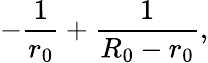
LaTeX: -\frac{1}{r_{0}}+\frac{1}{R_{0}-r_{0}},